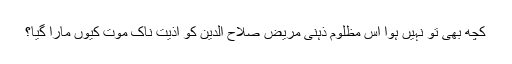
کچھ بھی تو نہیں ہوا اس مظلوم ذہنی مریض صلاح الدین کو اذیت ناک موت کیوں مارا گیا؟